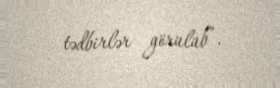
tədbirlər görülüb”.